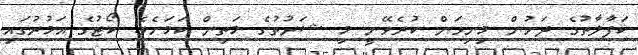
ކަފާލާތުގެ ދަށުން މިނިވަން ކުރެވޭނީ މި ޝަރުތުގެ މަތިން ކަމަށެވެ. ކޯޓުގެ އަމުރުގައި